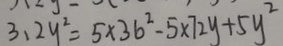
3 . 2 y ^ { 2 } = 5 \times 3 6 ^ { 2 } - 5 \times 7 2 y + 5 y ^ { 2 }